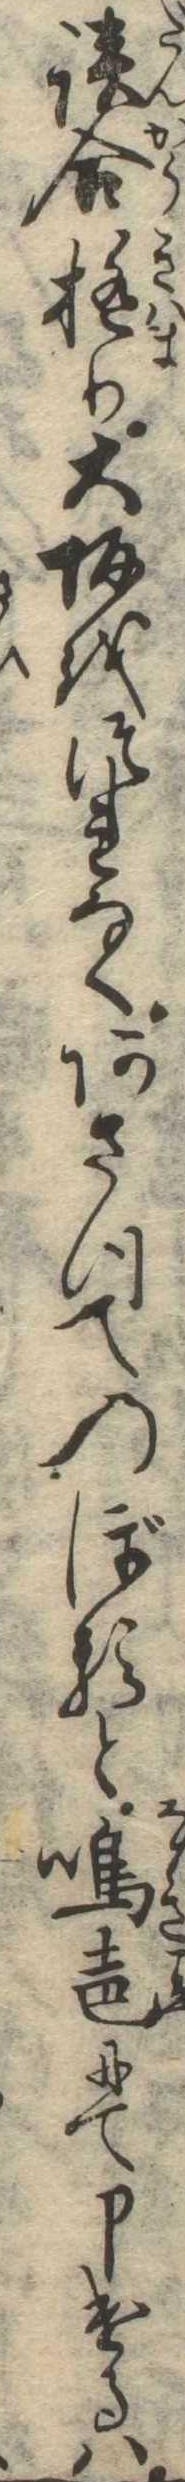
談合極り大坂をつれなくあさつてのぼると鳴声にて申けるは